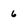
Character: 6